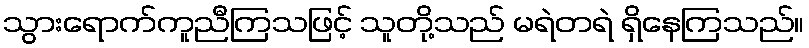
သွားရောက်ကူညီကြသဖြင့် သူတို့သည် မရဲတရဲ ရှိနေကြသည်။